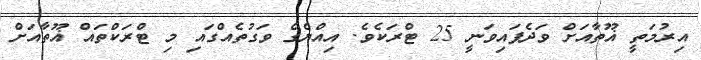
އިރުމަތީ ޣޫތާއަށް ވަދެފައިވަނީ 25 ޓްރަކެވެ. އިއްޔެގެ ވަގުތެއްގައި މި ޓްރަކްތައް ޣޫތާއަށް